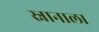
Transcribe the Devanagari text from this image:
स्नानाला